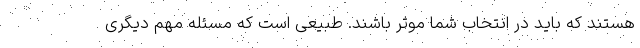
هستند که باید در انتخاب شما موثر باشند. طبیعی است که مسئله مهم دیگری